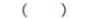
( )